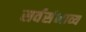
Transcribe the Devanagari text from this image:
सर्वसंभाव्य